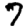
Digit: 7